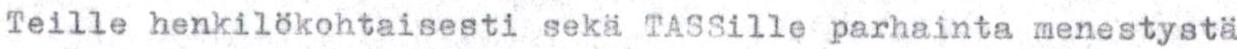
Teille henkilökohtaisesti seka TASSille parhainta menestystä